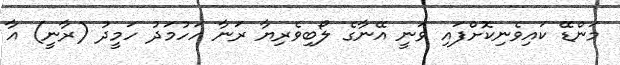
މަންޑޭ ކައިވެނިކޮށްފައި ވަނީ އޭނާގެ ލޯބިވެރިޔާ ރަނާ އަހުމަދު ހަމީދު (ރާނީ) އާ